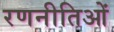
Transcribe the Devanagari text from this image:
रणनीतिओं